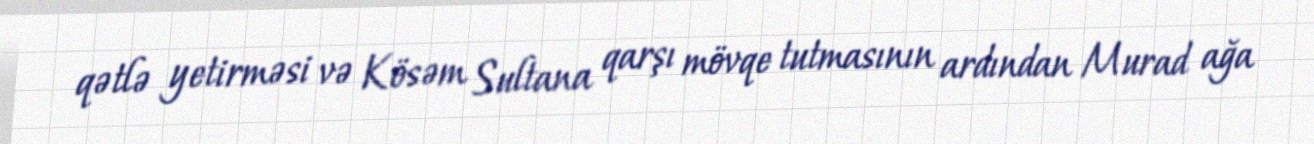
qətlə yetirməsi və Kösəm Sultana qarşı mövqe tutmasının ardından Murad ağa